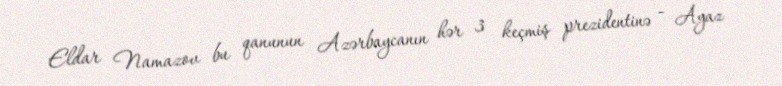
Eldar Namazov bu qanunun Azərbaycanın hər 3 keçmiş prezidentinə - Ayaz